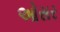
ઓસર